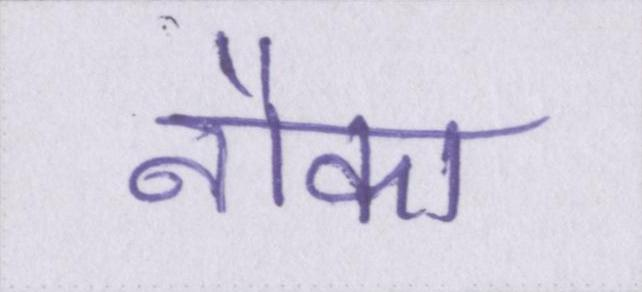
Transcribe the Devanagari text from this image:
नौका